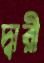
দ্বারী